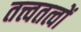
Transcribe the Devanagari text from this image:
तत्त्वतत्वों